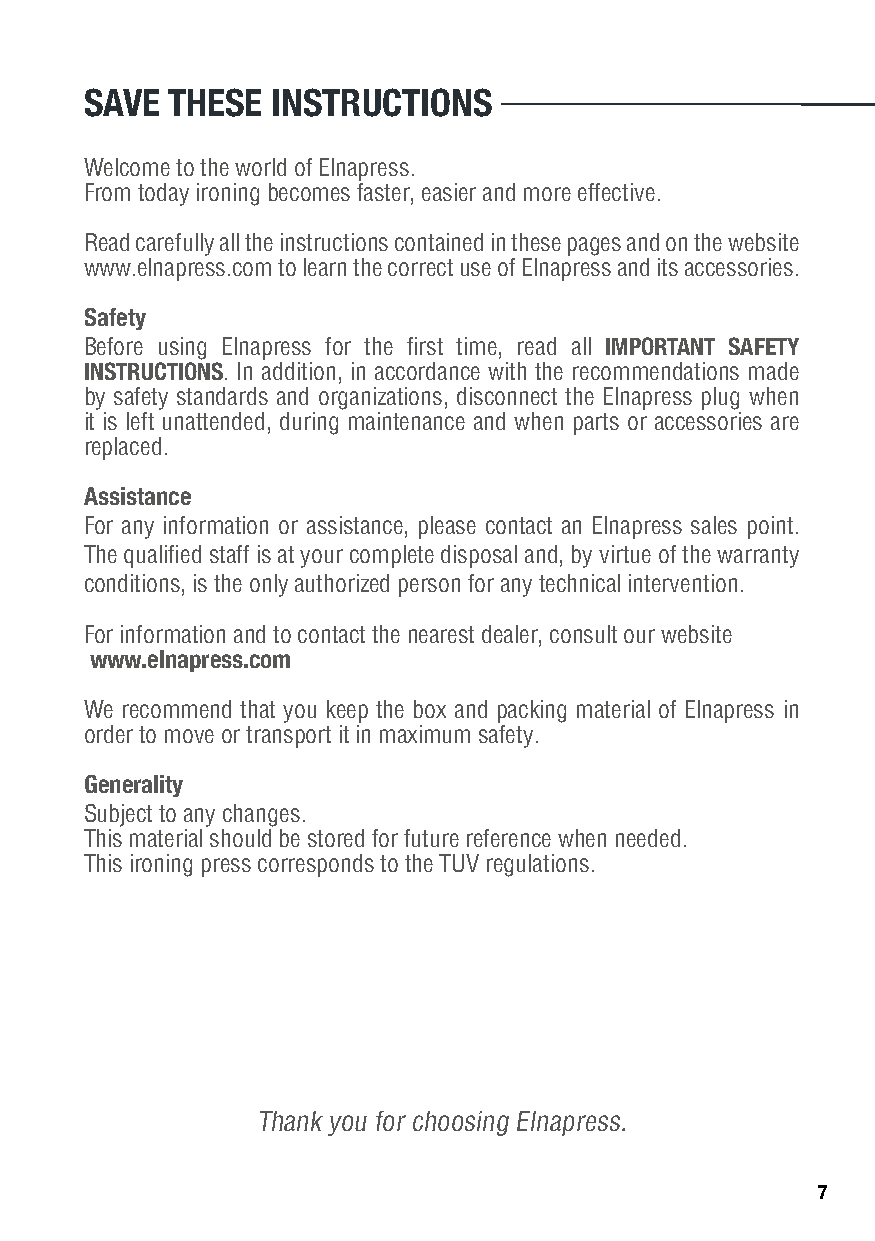
SAVE THESE  INSTRUCTIONS
 Welcome to the world of Elnapress.
 From today ironing becomes faster, easier and more effective.
 Read carefully all the instructions contained in these pages and on the website
 www.elnapress.com to learn the correct use of Elnapress and its accessories.
 Safety
 Before using Elnapress for the first time, read all IMPORTANT SAFETY
 INSTRUCTIONS. In addition, in accordance with the recommendations made
 by safety standards and organizations, disconnect the Elnapress plug when
 it is left unattended, during maintenance and when parts or accessories are
 replaced.
 Assistance
 For any information or assistance, please contact an Elnapress sales point.
 The qualified staff is at your complete disposal and, by virtue of the warranty
 conditions, is the only authorized person for any technical intervention.
 For information and to contact the nearest dealer, consult our website
 www.elnapress.com
 We recommend that you keep the box and packing material of Elnapress in
 order to move or transport it in maximum safety.
 Generality
 Subject to any changes.
 This material should be stored for future reference when needed.
 This ironing press corresponds to the TUV regulations.
 Thank you for choosing Elnapress.
 7